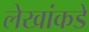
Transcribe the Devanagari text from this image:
लेखांकडे